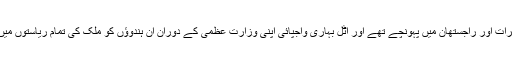
مودی نے کہا کہ قبل ازیں پاکستانی ہندو ‘ گجرات اور راجستھان میں پہونچے تھے اور اٹل بہاری واجپائی اپنی وزارت عظمیٰ کے دوران ان ہندوؤں کو ملک کی تمام ریاستوں میں بسانے کیلئے کئی اسکیمات کا آغاز کیا تھا ۔